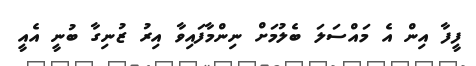
ފީފާ އިން އެ މައްސަލަ ބެލުމަށް ނިންމާފައިވާ އިރު ޒުނިގާ ބުނީ އެއީ